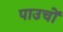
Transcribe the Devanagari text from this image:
पाउचों